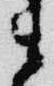
ま